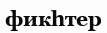
фикһтер